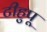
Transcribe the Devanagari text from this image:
टीहुपू